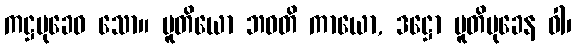
ကဋ္ဌမုခေဝ သော။ ပူတိယော ဘဝတိ ကာယော, ဒဋ္ဌော ပူတိမုခေန ဝါ၊